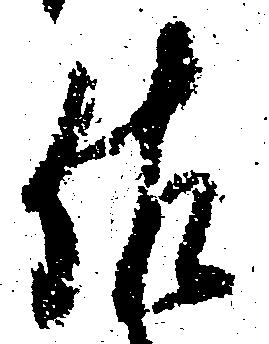
佐